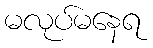
မလုပ်မနေရ